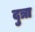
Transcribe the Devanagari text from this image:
दुत्रा